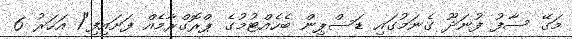
މަގޭ ސާފު ފުނަދޫ ގެނަމުގައި ޑަސްޕިން ބެހެއްޓުމުގެ ޕްރޮގްރާމެއް ފަށައިފި"1 އަހަރު 6